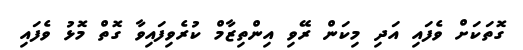
ގޮތަކަށް ވެފައި އަދި މިކަން ރޭވި އިންތިޒާމް ކުރެވިފައިވާ ގޮތް މޮޅު ވެފައި